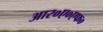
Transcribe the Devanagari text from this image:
आर०ए०एफ०